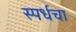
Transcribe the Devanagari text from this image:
स्पर्धचा